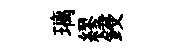
璃繆鋟